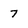
Character: 7